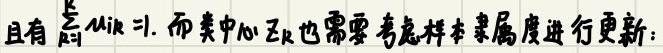
且有$\sum_{i = 1}^{k} u_{ik}=1$. 而类中心$v_{k}$也需要考虑样本隶属度进行更新: